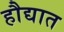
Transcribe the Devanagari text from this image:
हौद्यात